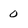
Character: 0